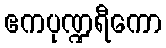
ဧကပုဏ္ဍရီကော